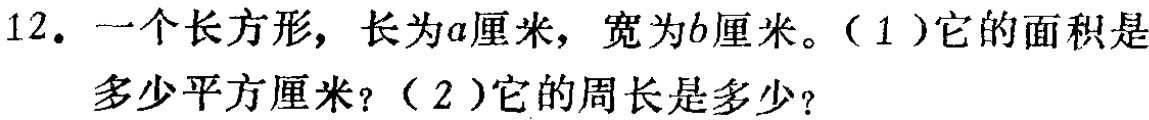
12. 一个长方形，长为\(a\)厘米，宽为\(b\)厘米。（1）它的面积是多少平方厘米？（2）它的周长是多少？